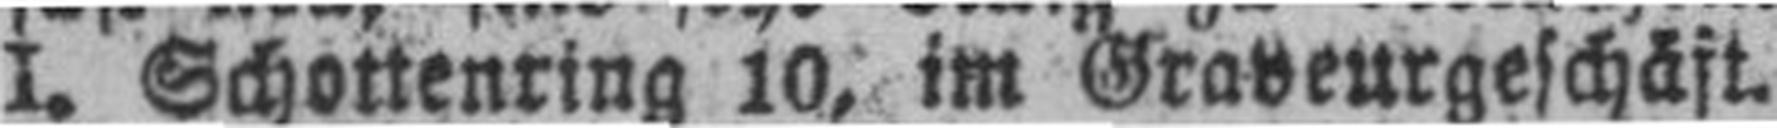
I. Schottenring 10, im Graveurgeschäft.